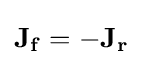
\mathbf {J_{f}} =-\mathbf {J_{r}}